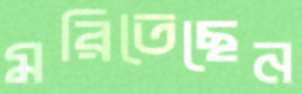
মরিতেছেন